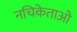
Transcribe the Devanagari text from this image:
नचिकेताओ